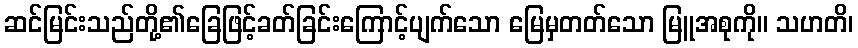
ဆင်မြင်းသည်တို့၏ခြေဖြင့်ခတ်ခြင်းကြောင့်ပျက်သော မြေမှတတ်သော မြူအစုကို။ သဟတိ၊